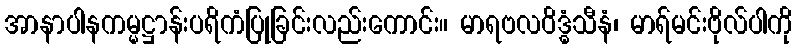
အာနာပါနကမ္မဋ္ဌာန်းပရိကံပြုခြင်းလည်းကောင်း။ မာရဗလဝိဒ္ဓံသီနံ၊ မာရ်မင်းဗိုလ်ပါကို